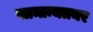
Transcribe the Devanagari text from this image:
सामान्यतयर